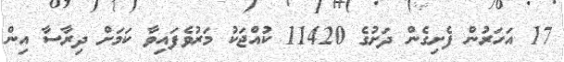
17 އަހަރުން ފެށިގެން ދަށުގެ 11420 ކުއްޖަކު މަރުވެފައިވާ ކަމަށް ދިރާސާ އިން